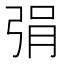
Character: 弲